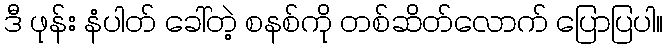
ဒီ ဖုန်း နံပါတ် ခေါ်တဲ့ စနစ်ကို တစ်ဆိတ်လောက် ပြောပြပါ။